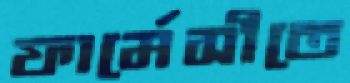
ফার্মেসীতে